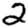
Digit: 2